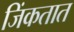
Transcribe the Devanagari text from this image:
जिंकतात